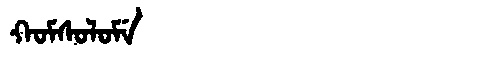
Manchu: ᡴᠣᠮᠰᠣᠯᠣᠮᡝ
Romanization: KOMSOLOME